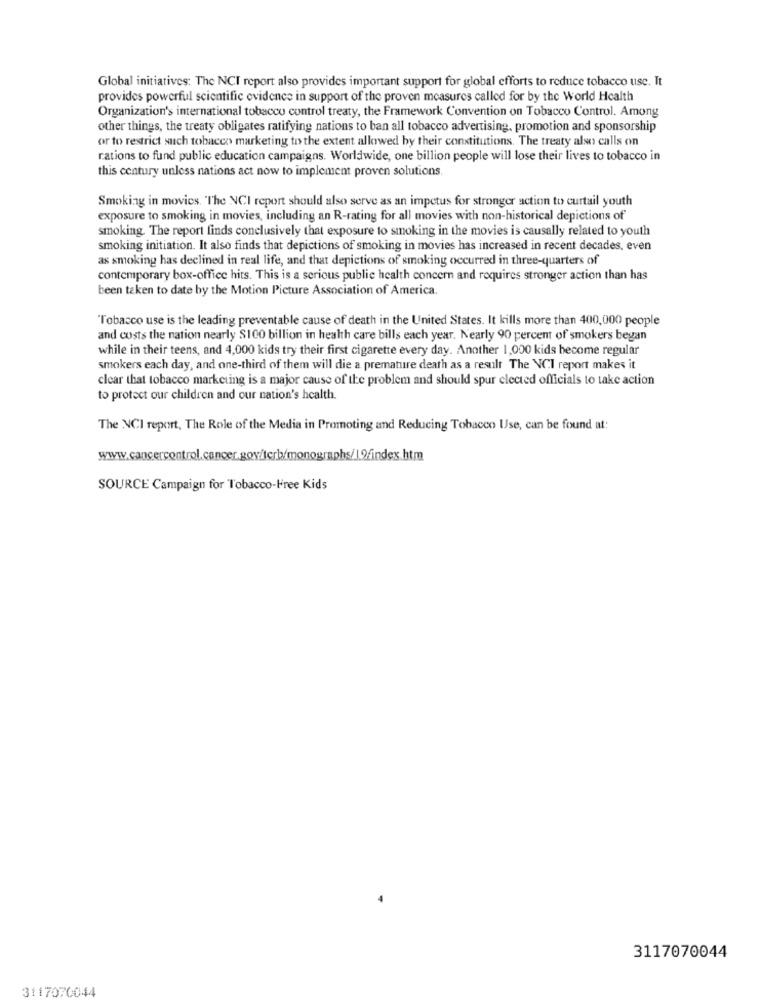
Global initiatives: The NCI report also provides important support for global efforts to reduce tobacco use. It
provides powerful scientific evidence in support of the proven measures called for by the World Health
Organization's international tobacco control treaty, the Framework Convention on Tobacco Control. Among
other things, the treaty obligates ratifying nations to ban all tobacco advertising, promotion and sponsorship
or to restrict such tobacco marketing to the extent allowed by their constitutions. The treaty also calls on
rations to fund public education campaigns. Worldwide, one billion people will lose their lives to tobacco in
this century unless nations act now to implement proven solutions.
Smoking in movies. "The NCI report should also serve as an impetus for stronger action to curtail youth
exposure to smoking in movies, including an R-rating for all movies with non-historical depictions of
smoking. The report finds conclusively that exposure to smoking in the movies is causally related to youth
smoking initiation. It also finds that depictions of smoking in movies has increased in recent decades, even
as smoking has declined in real life, and that depictions of smoking occurred in three-quarters of
contemporary box-office hits. This is a serious public health concern and requires stronger action than has
been taken to date by the Motion Picture Association of America.
"Tobacco use is the leading preventable cause of death in the United States. It kills more than 400,000 people
and costs the nation nearly $100 billion in health care bills each year. Nearly 90 percent of smokers began
while in their teens, and 4,000 kids try their first cigarette every day. Another 1,000 kids become regular
smokers each day, and one-third of them will die a premature death as a result The NCI report makes it
clear that tobacco marketing is a major cause of the problem and should spur elected officials to take action
to protect our children and our nation's health.
The NCI report, The Role of the Media in Promoting and Reducing Tobacco Use, can be found at:
www.cancercontrol.cancer.gov/tcrb/monographs/19/index.htm
SOURCE Campaign for Tobacco-Free Kids
3117070044
3117070044